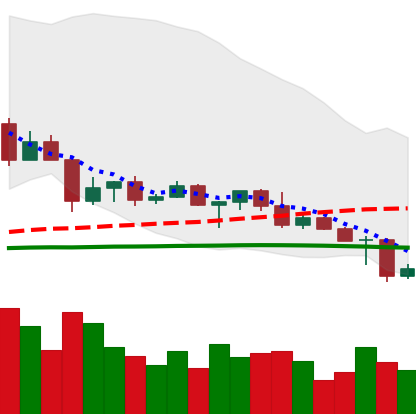
Ticker: ETC-USD
Chart end date: 2022-04-27
Forward return: -12.138%
Label: down_7plus